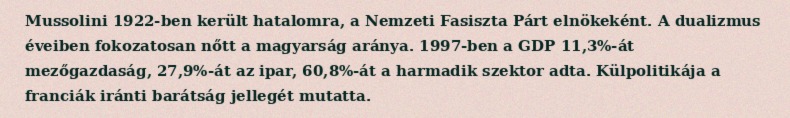
Mussolini 1922-ben került hatalomra, a Nemzeti Fasiszta Párt elnökeként. A dualizmus éveiben fokozatosan nőtt a magyarság aránya. 1997-ben a GDP 11,3%-át mezőgazdaság, 27,9%-át az ipar, 60,8%-át a harmadik szektor adta. Külpolitikája a franciák iránti barátság jellegét mutatta.